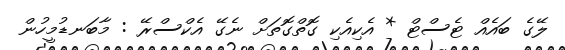
ލޭގެ ބައެއް ޓެސްޓް * އެކިއެކި ގޮތްގޮތަށް ނެގޭ އެކްސްރޭ : މާބަނޑުމީހުން